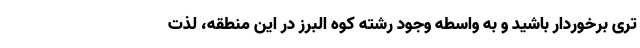
تری برخوردار باشید و به واسطه وجود رشته کوه البرز در این منطقه، لذت